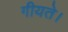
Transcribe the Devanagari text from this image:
गीयते।